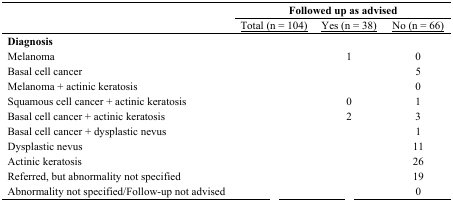
<table><thead><tr><td>[EMPTY_CELL]</td><td colspan="3"><b>Followed up as advised</b></td></tr><tr><td>[EMPTY_CELL]</td><td><b><underline>Total (n = 104)</underline></b></td><td><b><underline>Yes (n = 38)</underline></b></td><td><b><underline>No (n = 66)</underline></b></td></tr></thead><tbody><tr><td><b>Diagnosis</b></td><td>[EMPTY_CELL]</td><td>[EMPTY_CELL]</td><td>[EMPTY_CELL]</td></tr><tr><td>Melanoma</td><td>[EMPTY_CELL]</td><td>1</td><td>0</td></tr><tr><td>Basal cell cancer</td><td>[EMPTY_CELL]</td><td>[EMPTY_CELL]</td><td>5</td></tr><tr><td>Melanoma + actinic keratosis</td><td>[EMPTY_CELL]</td><td>[EMPTY_CELL]</td><td>0</td></tr><tr><td>Squamous cell cancer + actinic keratosis</td><td>[EMPTY_CELL]</td><td>0</td><td>1</td></tr><tr><td>Basal cell cancer + actinic keratosis</td><td>[EMPTY_CELL]</td><td>2</td><td>3</td></tr><tr><td>Basal cell cancer + dysplastic nevus</td><td>[EMPTY_CELL]</td><td>[EMPTY_CELL]</td><td>1</td></tr><tr><td>Dysplastic nevus</td><td>[EMPTY_CELL]</td><td>[EMPTY_CELL]</td><td>11</td></tr><tr><td>Actinic keratosis</td><td>[EMPTY_CELL]</td><td>[EMPTY_CELL]</td><td>26</td></tr><tr><td>Referred, but abnormality not specified</td><td>[EMPTY_CELL]</td><td>[EMPTY_CELL]</td><td>19</td></tr><tr><td>Abnormality not specified/Follow-up not advised</td><td>[EMPTY_CELL]</td><td>[EMPTY_CELL]</td><td>0</td></tr></tbody></table>